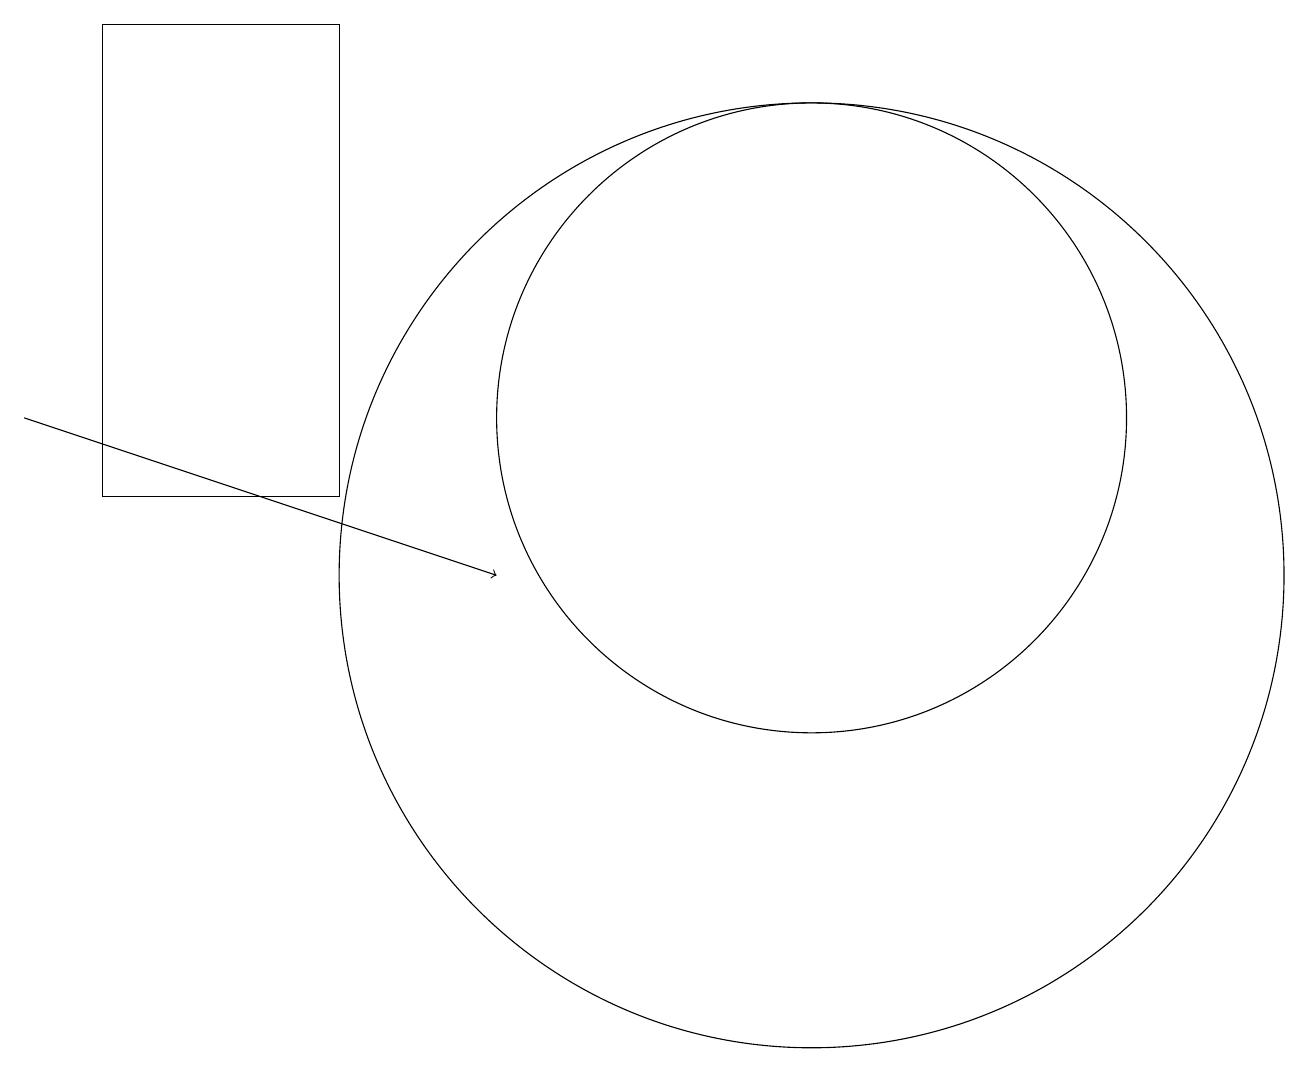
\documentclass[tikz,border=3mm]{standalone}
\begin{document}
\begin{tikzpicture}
\draw (11,12) circle (4);
\draw[->] (1,12) -- (7,10);
\draw (2,17) rectangle (5,11);
\draw (11,10) circle (6);
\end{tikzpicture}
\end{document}